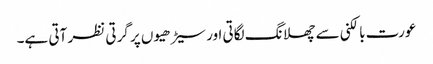
عورت بالکنی سے چھلانگ لگاتی اور سیڑھیوں پر گرتی نظر آتی ہے۔